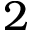
2